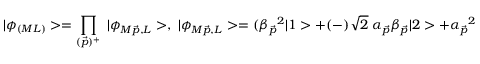
| \phi _ { ( M L ) } > = \prod _ { ( \vec { p } ) ^ { + } } \; | \phi _ { M \vec { p } , L } > , \; | \phi _ { M \vec { p } , L } > = ( \beta _ { \vec { p } } { } ^ { 2 } | 1 > + ( - ) \sqrt { 2 } \; \alpha _ { \vec { p } } \beta _ { \vec { p } } | 2 > + \alpha _ { \vec { p } } { } ^ { 2 } | 3 > ) ,